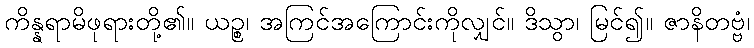
ကိန္နရာမိဖုရားတို့၏။ ယဉ္စ၊ အကြင်အကြောင်းကိုလျှင်။ ဒိသွာ၊ မြင်၍။ ဇာနိတဗ္ဗံ၊